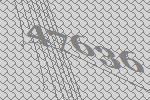
47636